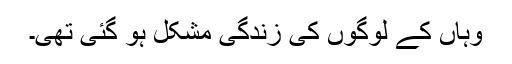
وہاں کے لوگوں کی زندگی مشکل ہو گئی تھی۔